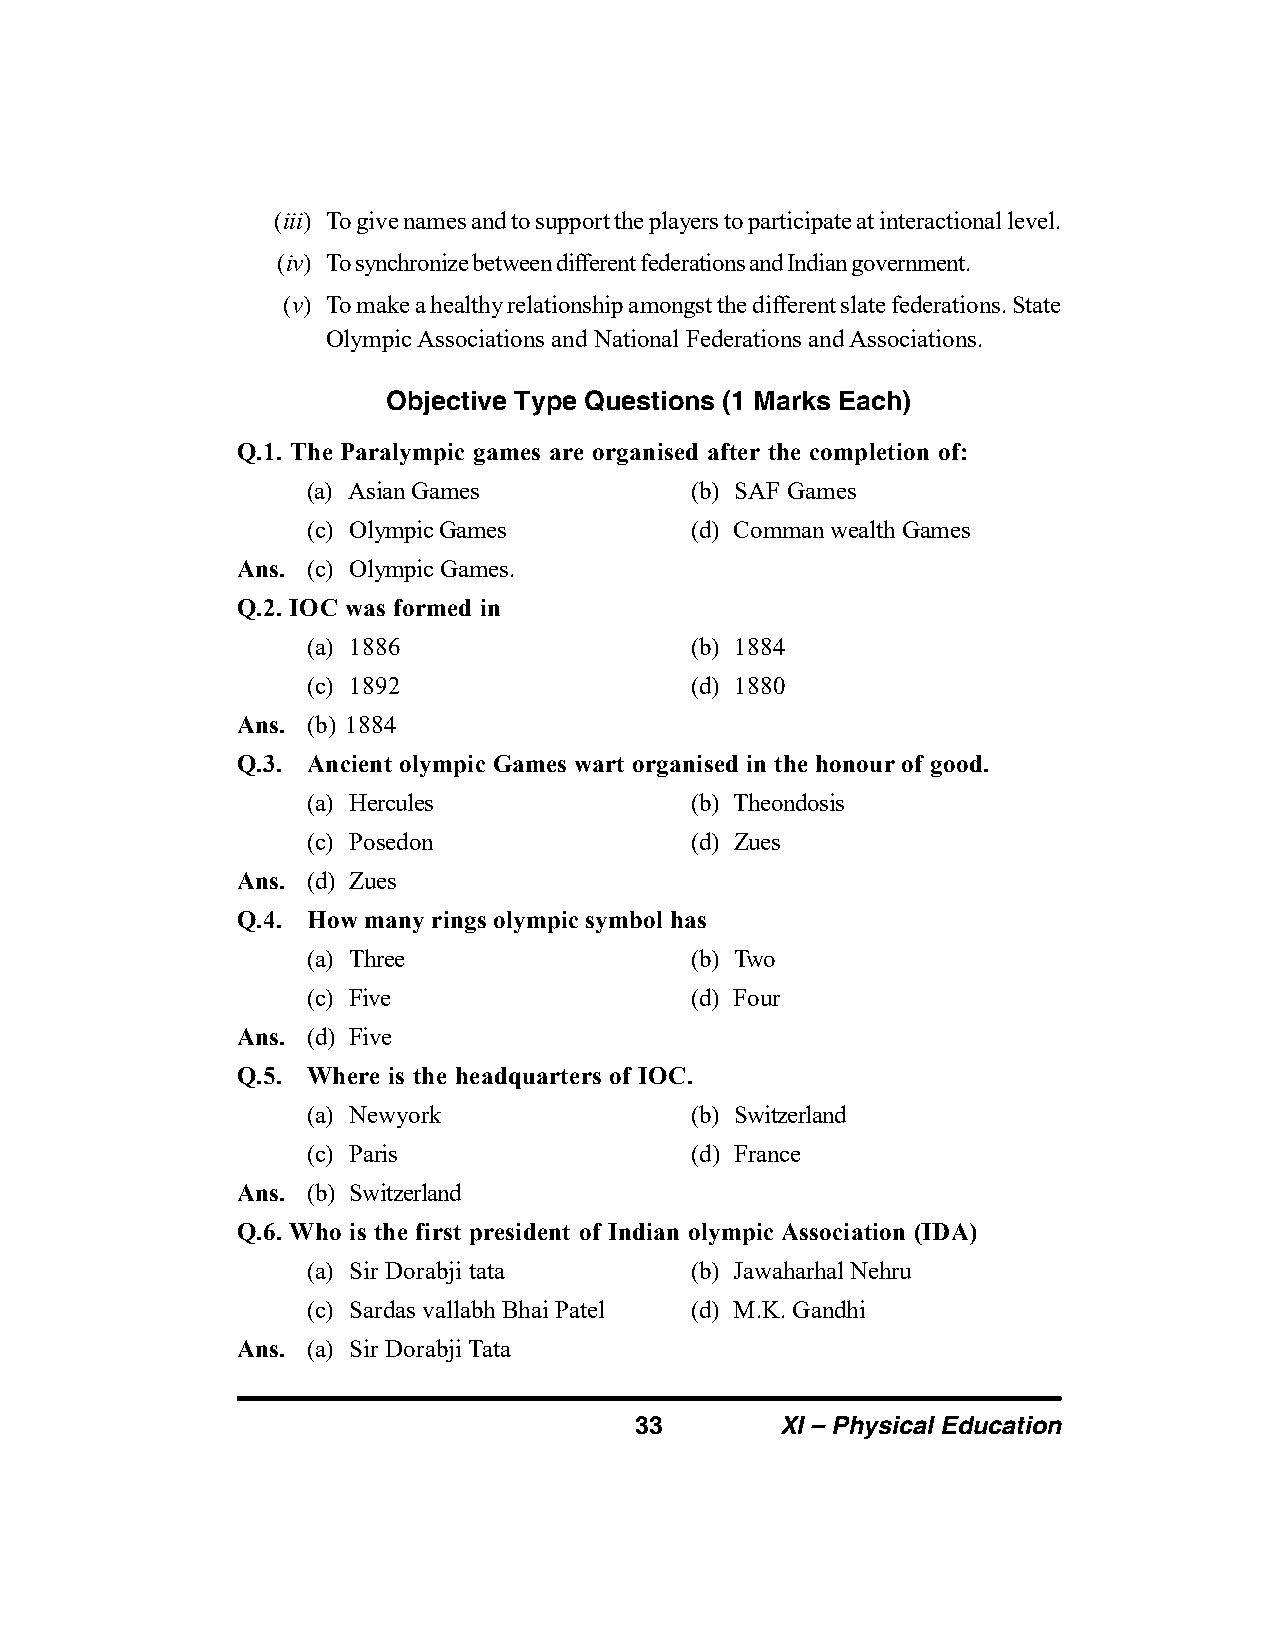
(iii) To give names and to support the players to participate at interactional level.
 (iv) To synchronize between different federations and Indian government.
 (v) To make a healthy relationship amongst the different slate federations. State
 Olympic Associations and National Federations and Associations.
 Objective Type Questions (1 Marks Each)
 Q.1. The Paralympic games are organised after the completion of:
 (a) Asian Games           (b) SAF Games
 (c) Olympic Games         (d) Comman wealth Games
 Ans. (c) Olympic Games.
 Q.2. IOC was formed in
 (a) 1886                  (b) 1884
 (c) 1892                  (d) 1880
 Ans. (b) 1884
 Q.3. Ancient olympic Games wart organised in the honour of good.
 (a) Hercules              (b) Theondosis
 (c) Posedon               (d) Zues
 Ans. (d) Zues
 Q.4. How many rings olympic symbol has
 (a) Three                 (b) Two
 (c) Five                  (d) Four
 Ans. (d) Five
 Q.5. Where is the headquarters of IOC.
 (a) Newyork               (b) Switzerland
 (c) Paris                 (d) France
 Ans. (b) Switzerland
 Q.6. Who is the first president of Indian olympic Association (IDA)
 (a) Sir Dorabji tata      (b) Jawaharhal Nehru
 (c) Sardas vallabh Bhai Patel (d) M.K. Gandhi
 Ans. (a) Sir Dorabji Tata
 33        XI – Physical Education